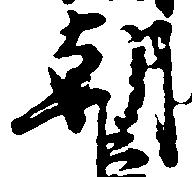
朝